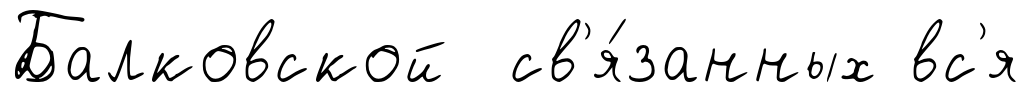
Балковской св'я́занных вс'я